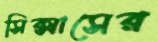
সিক্সাসের